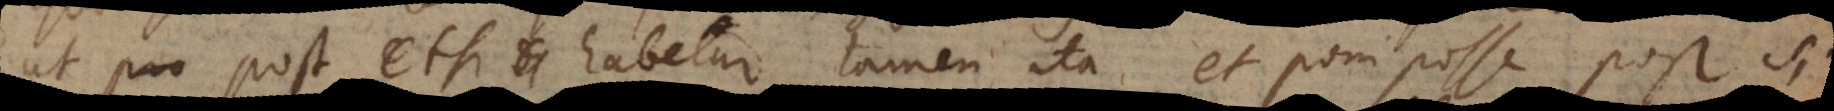
ut pro post etsi habetur tamen, ita et poni posse post si,